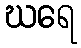
ဃရေ